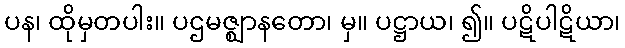
ပန၊ ထိုမှတပါး။ ပဌမဇ္ဈာနတော၊ မှ။ ပဋ္ဌာယ၊ ၍။ ပဋိပါဋိယာ၊